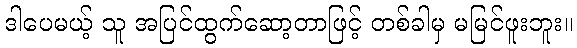
ဒါပေမယ့် သူ အပြင်ထွက်ဆော့တာဖြင့် တစ်ခါမှ မမြင်ဖူးဘူး။